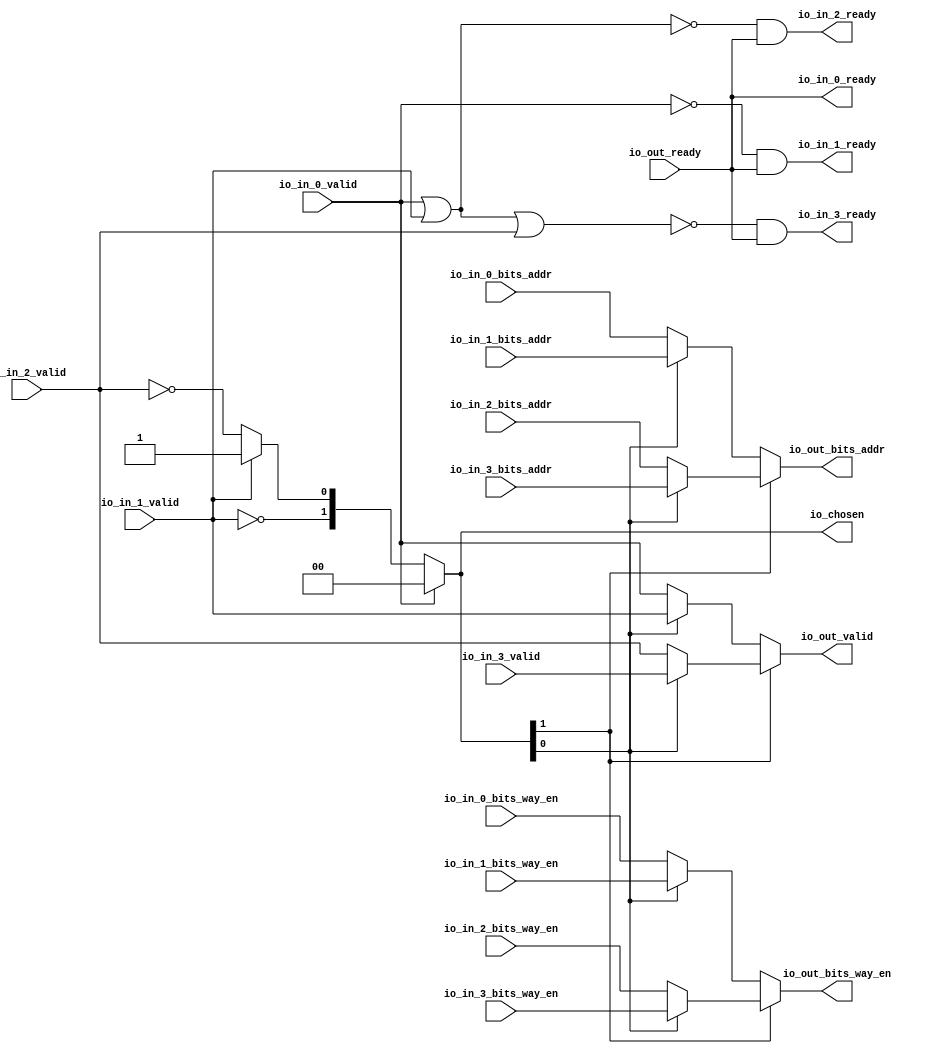
// This program was cloned from: https://github.com/NYU-MLDA/OpenABC
// License: BSD 3-Clause "New" or "Revised" License

module Arbiter_2
(
  io_in_3_ready,
  io_in_3_valid,
  io_in_3_bits_way_en,
  io_in_3_bits_addr,
  io_in_2_ready,
  io_in_2_valid,
  io_in_2_bits_way_en,
  io_in_2_bits_addr,
  io_in_1_ready,
  io_in_1_valid,
  io_in_1_bits_way_en,
  io_in_1_bits_addr,
  io_in_0_ready,
  io_in_0_valid,
  io_in_0_bits_way_en,
  io_in_0_bits_addr,
  io_out_ready,
  io_out_valid,
  io_out_bits_way_en,
  io_out_bits_addr,
  io_chosen
);

  input [3:0] io_in_3_bits_way_en;
  input [11:0] io_in_3_bits_addr;
  input [3:0] io_in_2_bits_way_en;
  input [11:0] io_in_2_bits_addr;
  input [3:0] io_in_1_bits_way_en;
  input [11:0] io_in_1_bits_addr;
  input [3:0] io_in_0_bits_way_en;
  input [11:0] io_in_0_bits_addr;
  output [3:0] io_out_bits_way_en;
  output [11:0] io_out_bits_addr;
  output [1:0] io_chosen;
  input io_in_3_valid;
  input io_in_2_valid;
  input io_in_1_valid;
  input io_in_0_valid;
  input io_out_ready;
  output io_in_3_ready;
  output io_in_2_ready;
  output io_in_1_ready;
  output io_in_0_ready;
  output io_out_valid;
  wire [3:0] io_out_bits_way_en,T12,T10;
  wire [11:0] io_out_bits_addr,T6,T3;
  wire [1:0] io_chosen,T0;
  wire io_in_3_ready,io_in_2_ready,io_in_1_ready,io_in_0_ready,io_out_valid,N0,N1,N2,
  N3,N4,N5,N6,N7,io_out_ready,N8,N9,N10,N11,N12,T18,T16,T22,T24,T25,T27,T28,T29;
  wire [0:0] T1;
  assign io_in_0_ready = io_out_ready;
  assign io_chosen = (N0)? { 1'b0, 1'b0 } : 
                     (N1)? T0 : 1'b0;
  assign N0 = io_in_0_valid;
  assign N1 = N8;
  assign T0[0] = (N2)? 1'b1 : 
                 (N3)? T1[0] : 1'b0;
  assign N2 = io_in_1_valid;
  assign N3 = T0[1];
  assign io_out_bits_addr = (N4)? T6 : 
                            (N5)? T3 : 1'b0;
  assign N4 = io_chosen[1];
  assign N5 = N11;
  assign T3 = (N6)? io_in_1_bits_addr : 
              (N7)? io_in_0_bits_addr : 1'b0;
  assign N6 = io_chosen[0];
  assign N7 = N12;
  assign T6 = (N6)? io_in_3_bits_addr : 
              (N7)? io_in_2_bits_addr : 1'b0;
  assign io_out_bits_way_en = (N4)? T12 : 
                              (N5)? T10 : 1'b0;
  assign T10 = (N6)? io_in_1_bits_way_en : 
               (N7)? io_in_0_bits_way_en : 1'b0;
  assign T12 = (N6)? io_in_3_bits_way_en : 
               (N7)? io_in_2_bits_way_en : 1'b0;
  assign io_out_valid = (N4)? T18 : 
                        (N5)? T16 : 1'b0;
  assign T16 = (N6)? io_in_1_valid : 
               (N7)? io_in_0_valid : 1'b0;
  assign T18 = (N6)? io_in_3_valid : 
               (N7)? io_in_2_valid : 1'b0;
  assign N8 = ~io_in_0_valid;
  assign N9 = ~io_in_1_valid;
  assign T0[1] = N9;
  assign N10 = ~io_in_2_valid;
  assign T1[0] = N10;
  assign N11 = ~io_chosen[1];
  assign N12 = ~io_chosen[0];
  assign io_in_1_ready = T22 & io_out_ready;
  assign T22 = ~io_in_0_valid;
  assign io_in_2_ready = T24 & io_out_ready;
  assign T24 = ~T25;
  assign T25 = io_in_0_valid | io_in_1_valid;
  assign io_in_3_ready = T27 & io_out_ready;
  assign T27 = ~T28;
  assign T28 = T29 | io_in_2_valid;
  assign T29 = io_in_0_valid | io_in_1_valid;

endmodule